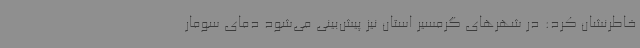
خاطرنشان کرد: در شهرهای گرمسیر استان نیز پیش‌بینی می‌شود دمای سومار